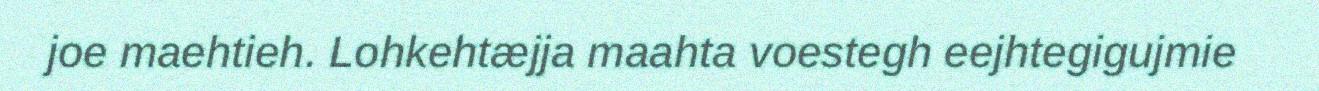
joe maehtieh. Lohkehtæjja maahta voestegh eejhtegigujmie